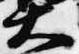
大